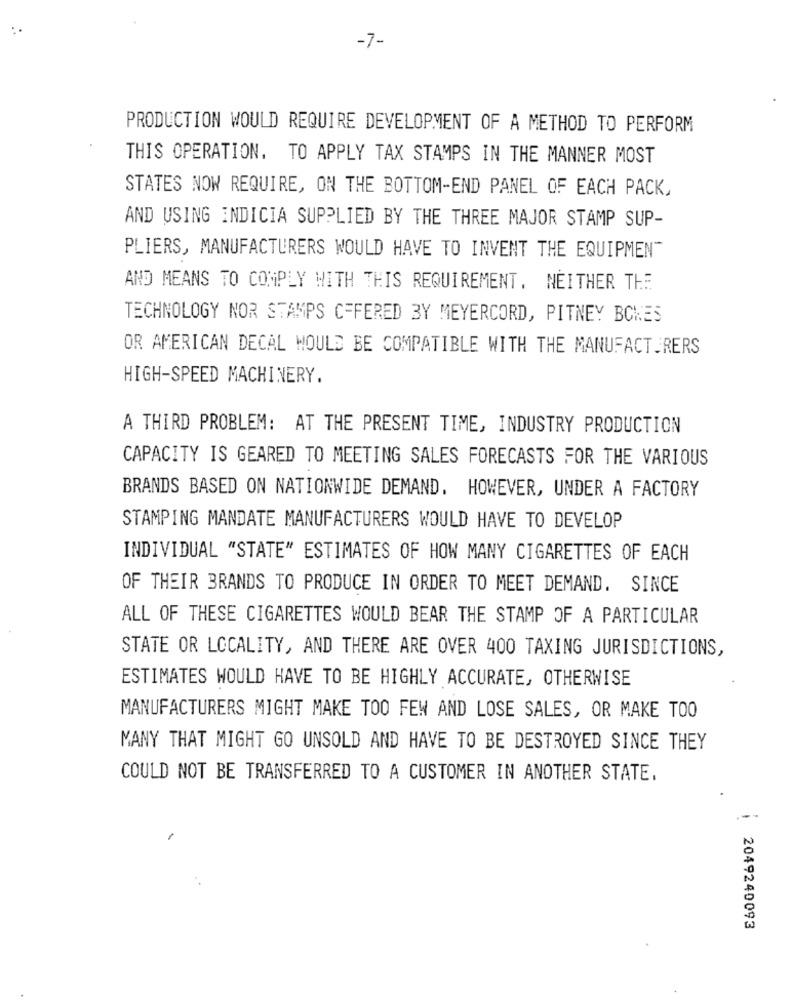
-7-
PRODUCTION WOULD REQUIRE DEVELOPMENT OF A METHOD TO PERFORM
THIS OPERATION. TO APPLY TAX STAMPS IN THE MANNER MOST
STATES NOW REQUIRE, ON THE BOTTOM-END PANEL OF EACH PACK,
AND USING INDICIA SUPPLIED BY THE THREE MAJOR STAMP SUP-
PLIERS, MANUFACTURERS WOULD HAVE TO INVENT THE EQUIPMENT
AND MEANS TO COMPLY WITH THIS REQUIREMENT. NEITHER THE
TECHNOLOGY NOR STAMPS C=FERED BY MEYERCORD, PITNEY BOWES
OR AMERICAN DECAL WOULD BE COMPATIBLE WITH THE MANUFACTURERS
HIGH-SPEED MACHINERY.
A THIRD PROBLEM: AT THE PRESENT TIME, INDUSTRY PRODUCTION
CAPACITY IS GEARED TO MEETING SALES FORECASTS FOR THE VARIOUS
BRANDS BASED ON NATIONWIDE DEMAND. HOWEVER, UNDER A FACTORY
STAMPING MANDATE MANUFACTURERS WOULD HAVE TO DEVELOP
INDIVIDUAL "STATE" ESTIMATES OF HOW MANY CIGARETTES OF EACH
OF THEIR BRANDS TO PRODUCE IN ORDER TO MEET DEMAND. SINCE
ALL OF THESE CIGARETTES WOULD BEAR THE STAMP OF A PARTICULAR
STATE OR LOCALITY, AND THERE ARE OVER 400 TAXING JURISDICTIONS,
ESTIMATES WOULD HAVE TO BE HIGHLY ACCURATE, OTHERWISE
MANUFACTURERS MIGHT MAKE TOO FEW AND LOSE SALES, OR MAKE TOO
MANY THAT MIGHT GO UNSOLD AND HAVE TO BE DESTROYED SINCE THEY
COULD NOT BE TRANSFERRED TO A CUSTOMER IN ANOTHER STATE.
2049240093